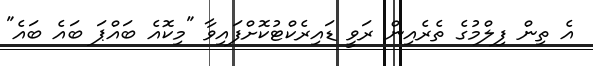
އެ ތިން ފިލްމުގެ ތެރެއިން ރަވީ ޑައިރެކްޓުކޮށްފައިވާ "މިކޮއެ ބައްޕަ ބައެ ބައެ"